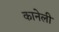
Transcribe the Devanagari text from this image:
कानेली